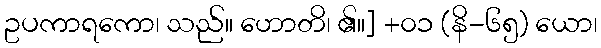
ဥပကာရကော၊ သည်။ ဟောတိ၊ ၏။] +၀၁ (နိ-၆၅) ယော၊